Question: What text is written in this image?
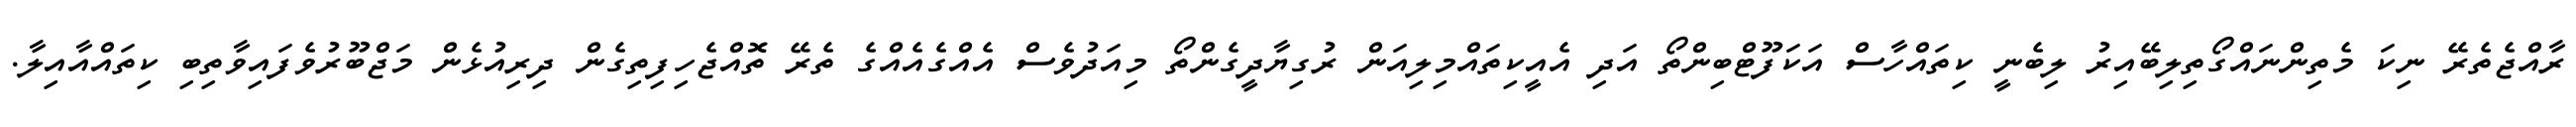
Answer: ރާއްޖެތެރޭ ނިކަ މެތިންނައްގޯތިލިބޭއިރު ލިބެނީ ކިތައްހާސް އަކަފޫޓްބިންތޯ އަދި އެއީކިތައްމިލިއަން ރުގިޔާދީގެންތޯ މިއަދުވެސް އެއްގެއެއްގެ ތެރޭ ތޮއްޖެހިފިތިގެން ދިރިއުޅެން މަޖްބޫރުވެފައިވާތިބި ކިތައްއާއިލާ.